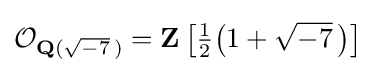
{\mathcal {O}}_{\mathbf {Q} ({\sqrt {-7}}\,)}=\mathbf {Z} \left[{\tfrac {1}{2}}{\bigl (}1+{\sqrt {-7}}~\!{\bigr )}\right]